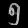
Digit: ၅